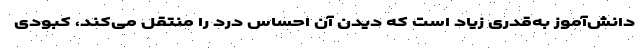
دانش‌آموز به‌قدری زیاد است که دیدن آن احساس درد را منتقل می‌کند، کبودی